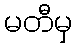
မတီမှ